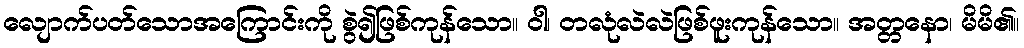
လျောက်ပတ်သောအကြောင်းကို စွဲ၍ဖြစ်ကုန်သော။ ဝါ၊ တလုံလဲလဲဖြစ်ဖူးကုန်သော။ အတ္တနော၊ မိမိ၏။